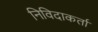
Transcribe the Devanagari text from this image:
निविदाकर्ता